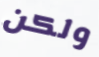
ولكن